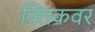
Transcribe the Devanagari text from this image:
क्लिकवर